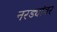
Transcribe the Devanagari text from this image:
नरड्यांवर